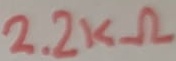
Text: 2.2KΩ